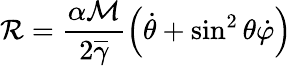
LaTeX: \mathcal{R}=\frac{\alpha\mathcal{M}}{2\overline{{\gamma}}}\left(\dot{\theta}+\sin^{2}\theta\dot{\varphi}\right)